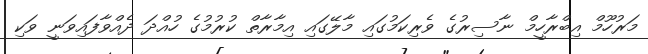
މަރުހޫމް އިބްރާހީމް ނާސިރުގެ ވެރިކަމުގައި މާލޭގައި އިމާރާތް ކުރުމުގެ ހުއްދަ ދެއްވާފައިވަނީ ވަކި